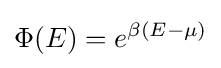
\Phi (E)=e^{\beta (E-\mu )}